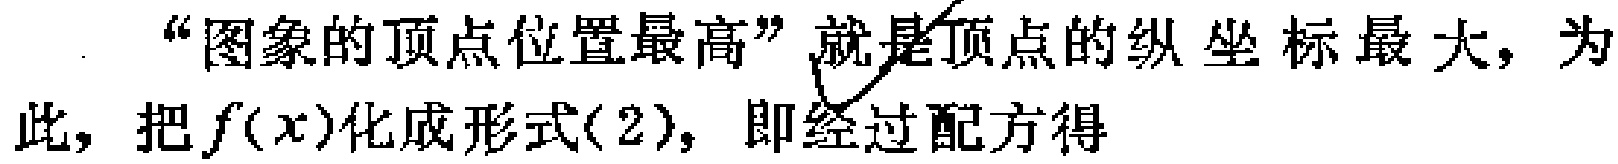
“图象的顶点位置最高”就是顶点的纵坐标最大，为此，把\(f(x)\)化成形式(2)，即经过配方得